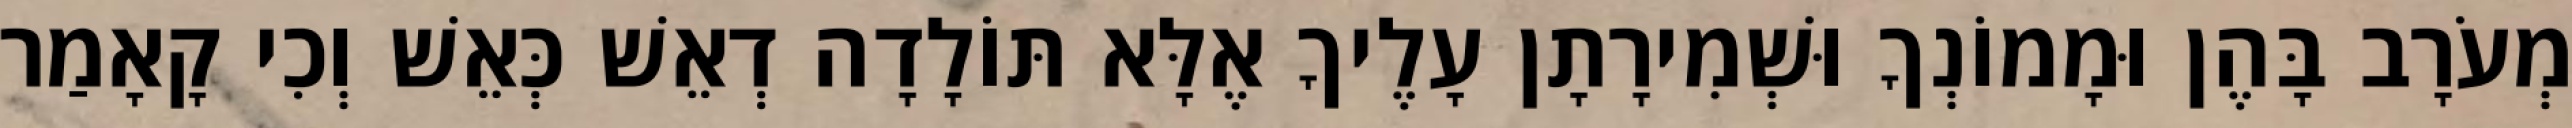
מְעֹרָב בָּהֶן וּמָמוֹנְךָ וּשְׁמִירָתָן עָלֶיךָ אֶלָּא תּוֹלָדָה דְאֵשׁ כְּאֵשׁ וְכִי קָאָמַר